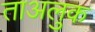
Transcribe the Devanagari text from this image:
ताअलुक